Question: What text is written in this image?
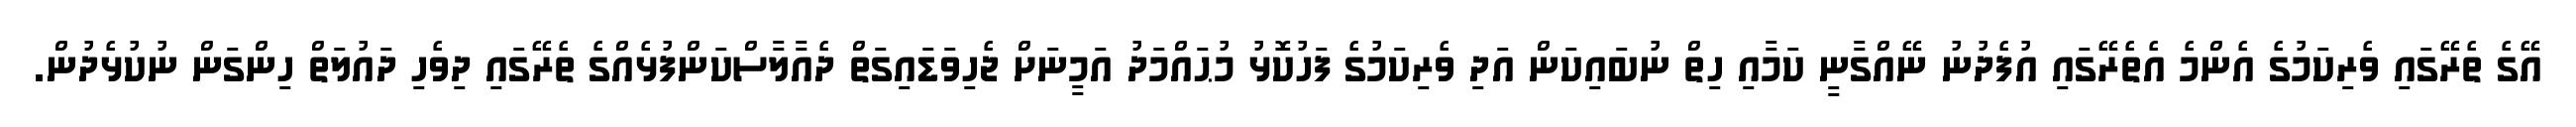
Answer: އޭގެ ތެރޭގައި ވެރިކަމުގެ އެންމެ އެތެރޭގައި އުފެދުނު ނޭއްގާނީ ކަމާއި ހިތް ނުބައިކަން އަދި ވެރިކަމުގެ ފަހުކޮޅު މުޙައްމަދު އަމީނަށް ޖެހިވަޑައިގަތް ދެއާލާސްކަންފުޅެއްގެ ތެރޭގައި ދިވެހި ދައުލަތް ހިންގަން ނުކުޅެދުން.